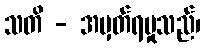
သတိ - အမှတ်ရမှုသည်၊